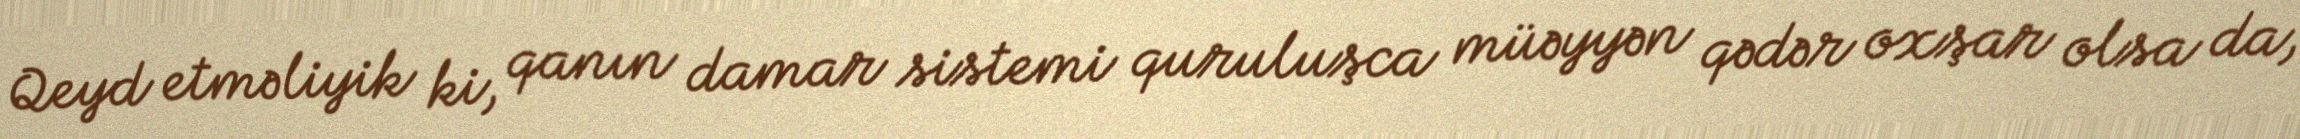
Qeyd etməliyik ki, qanın damar sistemi quruluşca müəyyən qədər oxşar olsa da,